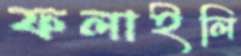
ফলাইলি